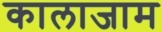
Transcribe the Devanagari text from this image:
कालाजाम